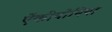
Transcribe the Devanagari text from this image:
ऐंकीयोनिया